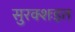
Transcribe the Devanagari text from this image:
सुरक्शःइत